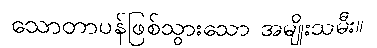
သောတာပန်ဖြစ်သွားသော အမျိုးသမီး။